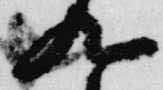
九